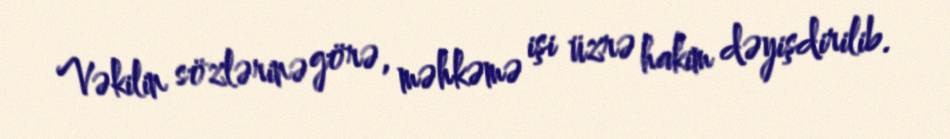
Vəkilin sözlərinə görə, məhkəmə işi üzrə hakim dəyişdirilib.